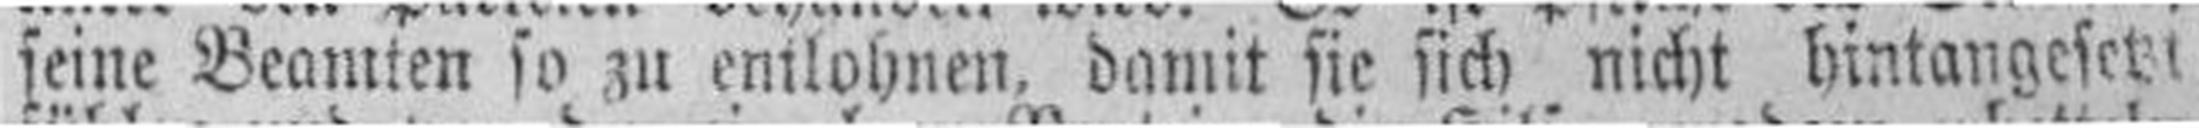
seine Beamten so zu emlohnen, damit sie sich nicht hintangesett